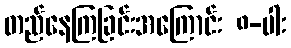
တည်နေကြခြင်းအကြောင်း ၈-ပါး